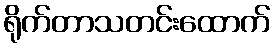
ရိုက်တာသတင်းထောက်